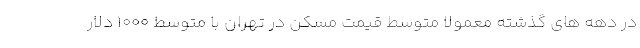
در دهه های گذشته معمولا متوسط قیمت مسکن در تهران با متوسط ۱۰۰۰ دلار